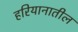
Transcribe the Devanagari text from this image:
हरियानातील